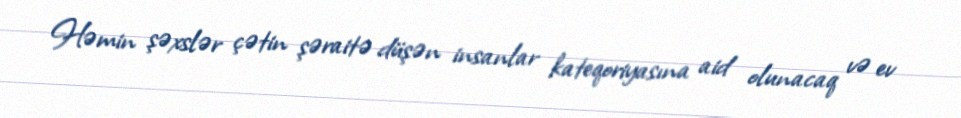
Həmin şəxslər çətin şəraitə düşən insanlar kateqoriyasına aid olunacaq və ev